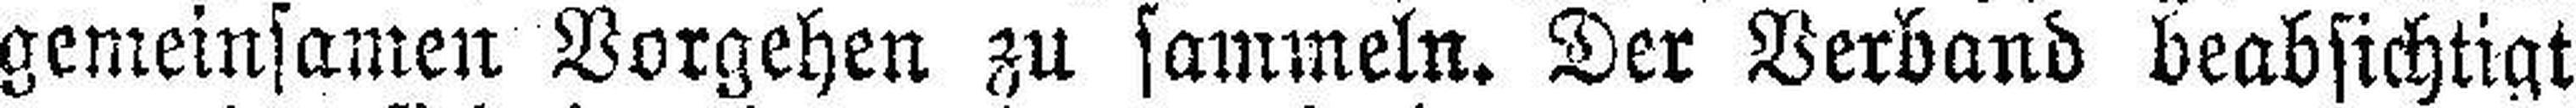
gemeinsamen. Vorgehen zu sammeln. Der Verband beabsichtigt